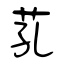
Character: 芤